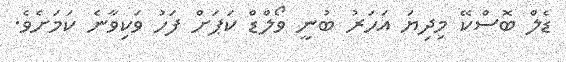
ޑެލް ބޮސްކޭ މިދިޔަ އަހަރު ބުނީ ވޯލްޑް ކަޕަށް ފަހު ވަކިވާނެ ކަމަށެވެ.